Leaving Certificate Examination (including Day School Certificate (Higher) General paper), 1932
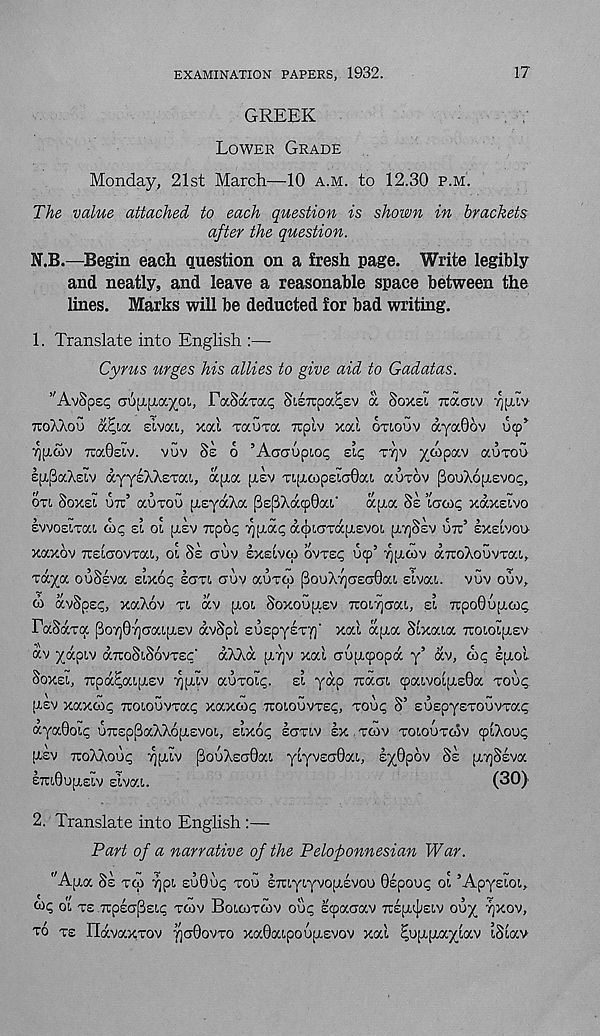
EXAMINATION PAPERS, 1932.
17
GREEK
LOWER GRADE
Monday, 21st March—10 A.M. to 12.30 P.M.
The value attached to each question is shown in brackets
after the question.
N.B.—Begin each question on a fresh page. Write legibly
and neatly, and leave a reasonable space between the
lines. Marks will be deducted for bad writing.
1. Translate into English :—
Cyrus urges his allies to give aid to Gadatas.
’'AvSps? aoyjxa^oi, FaSarap Stiirpa^sv a Soxei Traaiv YIIJAV
XO/.AOO a^ia eivai, xal raura irplv xal OTLOUV ayocGov ucp*
iQp.cov TcaOew. vuv Ss 6 ’AacropLo^ eic, TT]V X“P av <XUTOU
sirpaAcLv ayysAXETai, aya [XEV Tty-copsiaOa!. auxov [SooAoyEvop,
on, SOXEL UTT’ auTOU [AsydcXa pEfiXacpQai'
ay a Ss ’iuoac, xaxsivo
EvvoELTai
EL oi ysv Tupo? xya<; acjxcrrayEVOL y.7]S£v UTT’ EXELVOU
xaxov TTELcrovTaL, OL SE aov EXELVIO OVTE^ ucp’ Lgycov (XTroXouvTaL,
raya ouSEva sixot; ECTL CJUV auTfp (3ouXy)cr£C70aL sivaL. vuv ouv,
G avSpsi;, xaXov TL av yoi Soxouysv TroLTjCTaL, EL TcpoOuyo)^
FaSd.Ta PoYjSfjCaLyEV avSpl suspyETT)' xal aya SlxaLa TCOLOLysv
av yapLv aTroSLSovTEc' aXXa y7]v xal auyfpopa y’ av, die lyol
SOXEL, irpa^aLysv ^yLV auroL^. EL yap TracrL cpaLvolysSa TOUC;.
ysv xaxooc; rcoLouvrat; xaxax; TUOLOUVTEI;, TOU^ S’ EUEpyETOUVTa^
ayaGolp uxspPaXXoyEvoL, ELXO^ ECTTLV EX , TCOV TOLOUTCOV cpLXout;
ysv xoXXoup yyiv pouXscjOaL ylyvEcrGaL, syOpov SE y7]Seva
S7U0Uy£LV ELVa.L.
(30)
2. Translate into English :—
Part of a narrative of the Peloponnesian War.
"Aya SE TCO 7)pL EUOUC; TOU ETtLyLyvoyEVOU 0Epoue; OL ’ApysLOL,
w? OL TE TUpsaPEL^ TCOV BoLCOTCOV OU<; ECpaCTaV TTEy^ELV OUy 7JXOV,
TO T£ IlavaxTOv yaGovTO xaGaLpouysvov xal ^uyyaylav iSiav